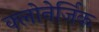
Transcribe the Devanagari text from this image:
क्लोनेर्जिक